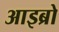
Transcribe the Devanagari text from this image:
आइब्रो